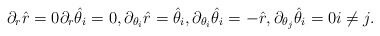
\begin{align*}\partial_{r} \hat{r} = 0& \partial_{r} \hat{\theta}_i = 0, \partial_{\theta_i}\hat{r} = \hat{\theta}_i , \partial_{\theta_i}\hat{\theta}_i = -\hat{r}, \partial_{\theta_j}\hat{\theta}_i =0i \neq j.\end{align*}